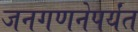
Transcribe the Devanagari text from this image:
जनगणनेपर्यंत